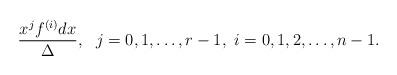
LaTeX: \begin{align*}\frac{x^jf^{(i)}dx}{\Delta} ,\ \ j=0,1,\ldots, r-1, \ i=0,1,2,\ldots,n-1.\end{align*}